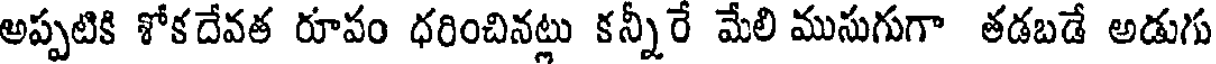
అప్పటికి శోకదేవత రూపం ధరించినట్లు కన్నీరే మేలి ముసుగుగా తడబడే అడుగు